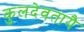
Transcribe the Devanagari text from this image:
कुलदेवतायै